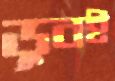
ডুবই